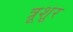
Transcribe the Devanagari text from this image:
त्रूशूर